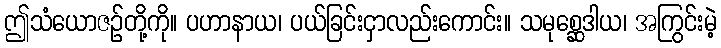
ဤသံယောဇဉ်တို့ကို။ ပဟာနာယ၊ ပယ်ခြင်းငှာလည်းကောင်း။ သမုစ္ဆေဒါယ၊ အကြွင်းမဲ့